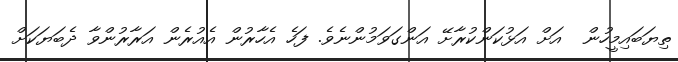
ތިޔަބައިމީހުން  އަށް އަޅުކަންކުރާށޭ އަންގަވަމުންނެވެ. ފަހެ އެހާރުން އެއުރެން އަރާރުންވާ ދެބަޔަކަށް